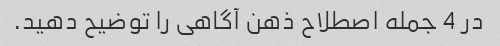
در 4 جمله اصطلاح ذهن آگاهی را توضیح دهید.